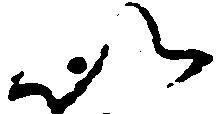
以